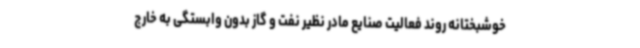
خوشبختانه روند فعالیت صنایع مادر نظیر نفت و گاز بدون وابستگی به خارج